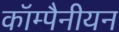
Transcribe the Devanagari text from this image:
कॉम्पैनीयन